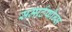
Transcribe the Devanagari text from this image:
समार्टफोन्स